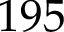
1 9 5